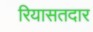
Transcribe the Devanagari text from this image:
रियासतदार